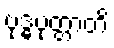
ဗုဒ္ဓပုတ္တာတိ